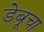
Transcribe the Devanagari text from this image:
डेबूचा